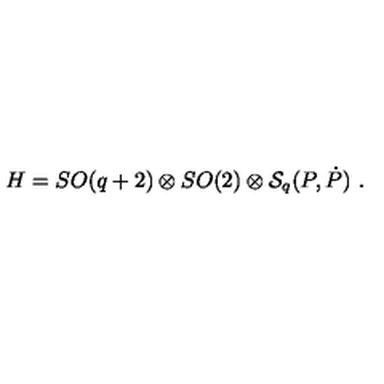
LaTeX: H = S O ( q + 2 ) \otimes S O ( 2 ) \otimes { \cal S } _ { q } ( P , \dot { P } ) \ .